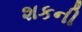
શકની